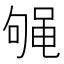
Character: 𱌁